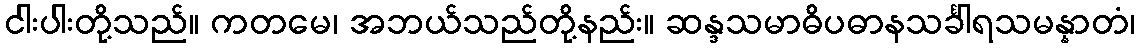
ငါးပါးတို့သည်။ ကတမေ၊ အဘယ်သည်တို့နည်း။ ဆန္ဒသမာဓိပဓာနသင်္ခါရသမန္နာတံ၊